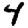
Digit: 4